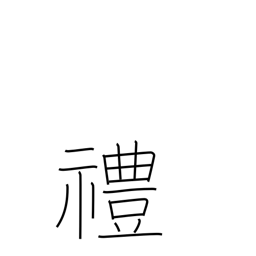
Meaning: rites